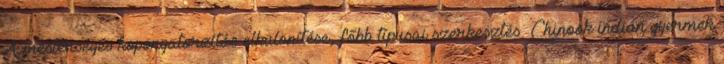
A mesterséges koponyatorzítás elkülönítése, főbb típusai szerkesztés Chinook indián gyermek